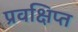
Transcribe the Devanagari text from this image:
प्रवक्षिप्त